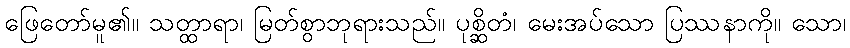
ဖြေတော်မူ၏။ သတ္ထာရာ၊ မြတ်စွာဘုရားသည်။ ပုစ္ဆိတံ၊ မေးအပ်သော ပြဿနာကို။ သော၊